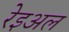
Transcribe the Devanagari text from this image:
रेइअल